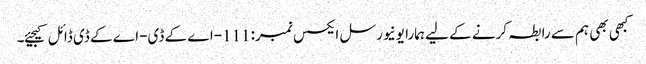
کبھی بھی ہم سے رابطہ کرنے کے لیے ہمارا یونیورسل ایکسس نمبر: 111-اے کے ڈی-اے کے ڈی ڈائل کیجیئے۔